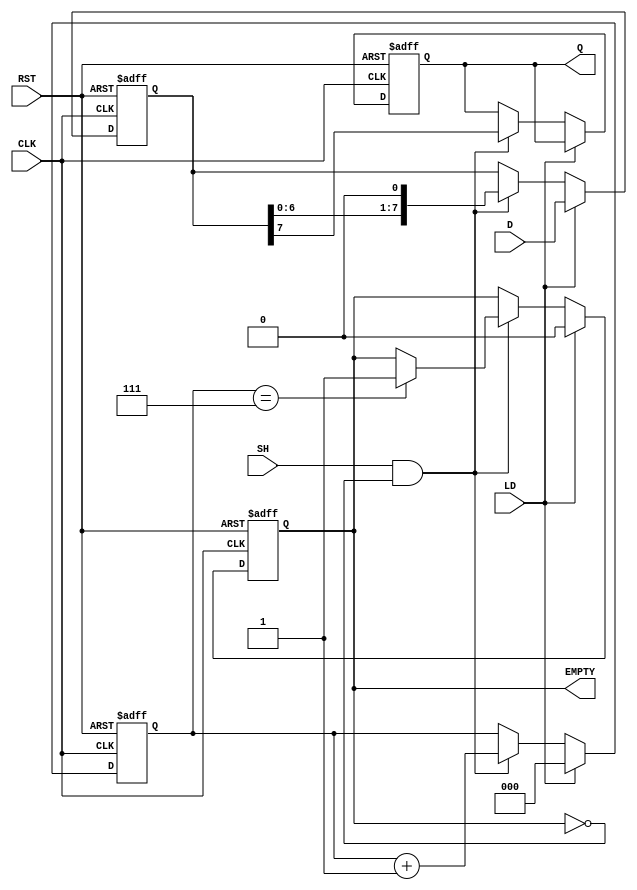
module PISO_Register (
    input wire [7:0] D,      // Data inputs
    input wire LD,           // Load control signal
    input wire SH,           // Shift control signal
    input wire CLK,          // Clock signal
    input wire RST,          // Reset signal
    output reg Q,            // Serial output
    output reg EMPTY         // Empty flag
);

    reg [7:0] REG;           // Storage register
    reg [2:0] count;         // Shift counter

    // Asynchronous reset and loading logic
    always @(posedge CLK or posedge RST) begin
        if (RST) begin
            REG <= 8'b0;     // Clear the register
            count <= 3'b0;   // Reset the counter
            Q <= 1'b0;       // Clear the output
            EMPTY <= 1'b1;   // Set EMPTY flag
        end else begin
            if (LD) begin
                REG <= D;     // Load data into the register
                count <= 3'b0; // Reset the counter
                EMPTY <= 1'b0; // Clear EMPTY flag
            end else if (SH && !EMPTY) begin
                Q <= REG[7];   // Shift out the MSB
                REG <= {REG[6:0], 1'b0}; // Shift left
                count <= count + 1; // Increment the counter
                // Check if all bits have been shifted out
                if (count == 3'b111) begin
                    EMPTY <= 1'b1; // Set EMPTY flag
                end
            end
        end
    end

endmodule